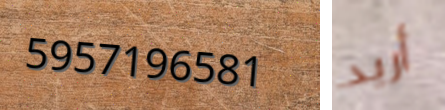
5957196581 أريد